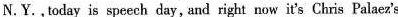
N. Y. ,today is spcech day, and right now it's Chris Palaez's